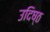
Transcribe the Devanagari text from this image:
उदिष्ठ